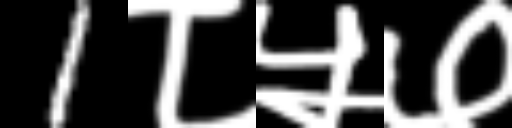
Text: 1८५७